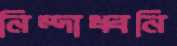
নিন্দাধ্বনি